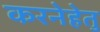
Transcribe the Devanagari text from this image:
करनेहेतु